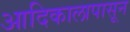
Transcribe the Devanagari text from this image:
आदिकालापासून